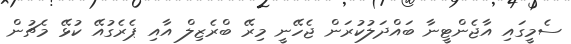
ސެމީގައި އާޖެންޓީނާ ބައްދަލުކުރަން ޖެހޭނީ މިރޭ ބްރެޒިލް އާއި ޕެރެގުއޭ ކުޅޭ މެޗުން